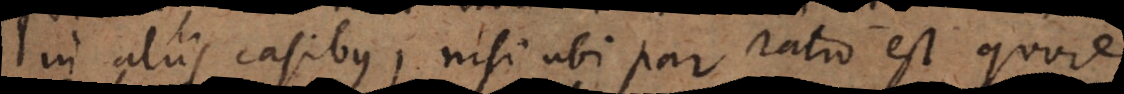
in aliis casibus, nisi ubi par ratio est, quod